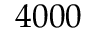
4 0 0 0